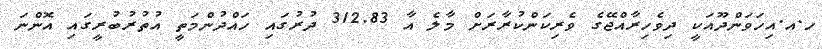
ހ.އ.އިހަވަންދޫއަކީ ދިވެހިރާއްޖޭގެ ވެރިކަންކުރާރަށް މާލެ އާ 312.83 ދުރުގައި ހައްދުންމަތީ އުތުރުބުރީގައި އޮންނަ